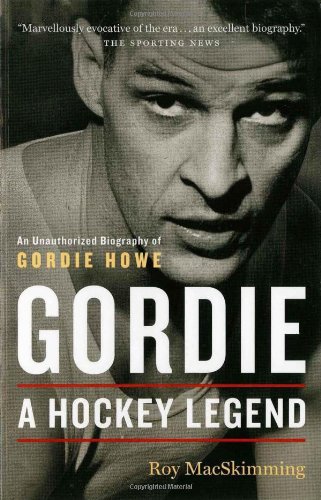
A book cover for Gordie: A Hockey Legend; Roy MacSkimming; Biographies & Memoirs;